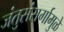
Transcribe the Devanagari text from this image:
जंतुसंसर्गामुळे